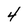
Character: 4